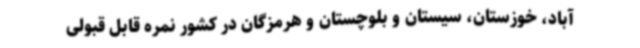
آباد، خوزستان، سیستان و بلوچستان و هرمزگان در کشور نمره قابل قبولی